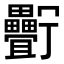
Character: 𤴉